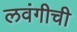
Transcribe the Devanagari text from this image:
लवंगीची